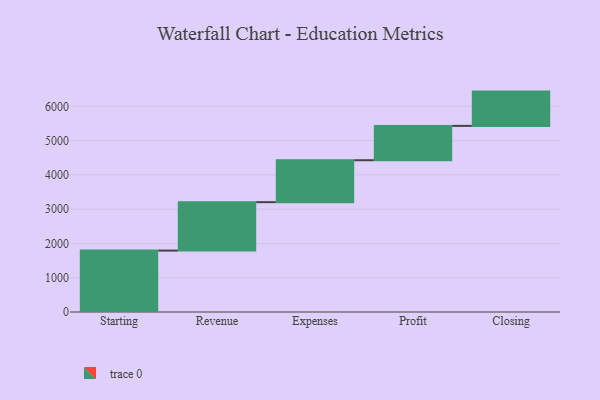
{"axis": {"x": "Step", "y": "Value"}, "legend": [""], "data": [{"x": "Starting", "y": 1792.0, "type": ""}, {"x": "Revenue", "y": 1412.0, "type": ""}, {"x": "Expenses", "y": 1223.0, "type": ""}, {"x": "Profit", "y": 1002.0, "type": ""}, {"x": "Closing", "y": 1000, "type": ""}]}